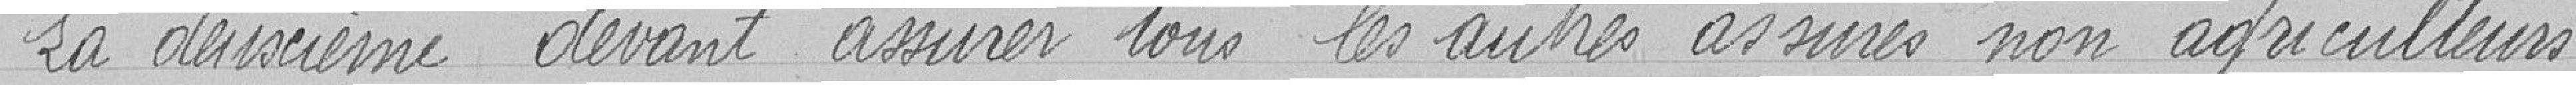
La deuxième devant assurer tous les autres assurés non agriculteurs.